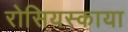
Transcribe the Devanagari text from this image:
रोसियस्काया